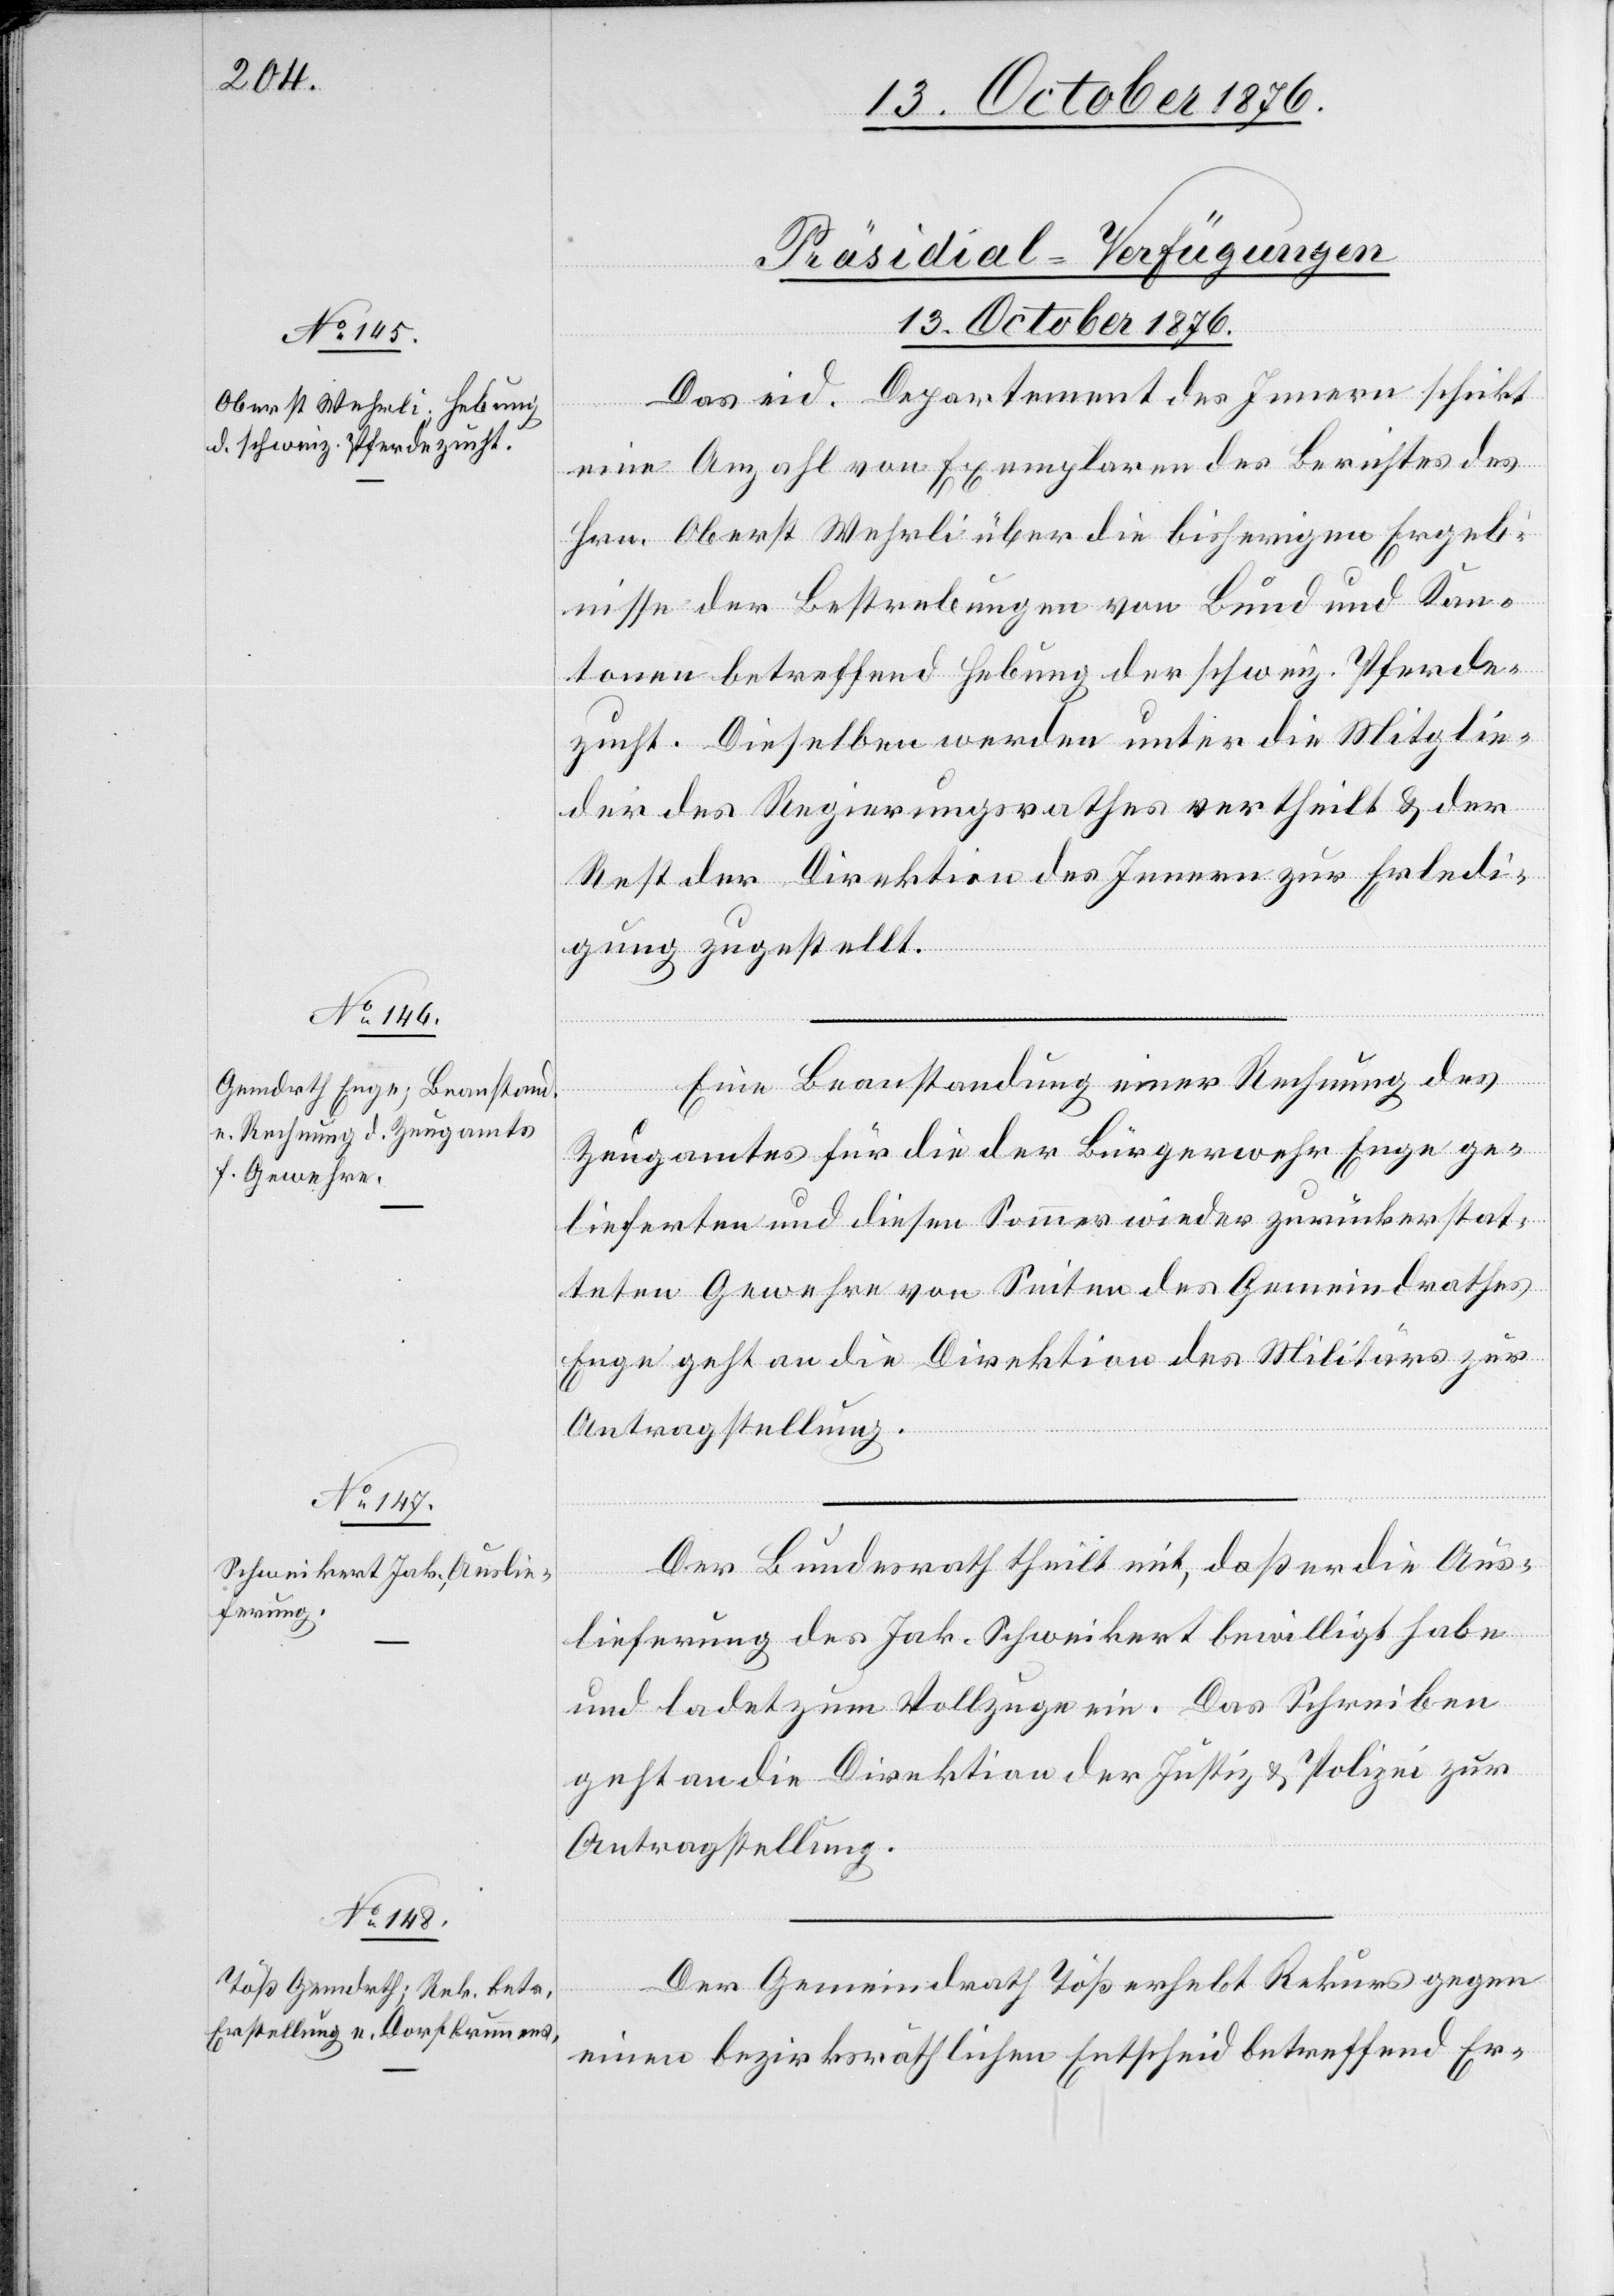
13. October 1876.]
[Präsidial-Verfügungen
13. October 1876.
Das eid. Departement des Innern schickt
eine Anzahl von Exemplaren des Berichtes des
Hrn. Oberst Wehrli über die bisherigen Ergeb¬
nisse der Bestrebungen von Bund und Kan¬
tonen betreffend Hebung der schweiz. Pferde¬
zucht. Dieselben werden unter die Mitglie¬
der des Regierungsrathes vertheilt & der
Rest der Direktion des Innern zur Erledi¬
gung zugestellt.
Eine Beanstandung einer Rechnung des
Zeugamtes für die Bürgerwehr Enge ge¬
lieferten und diesen Sommer wieder zurückerstat¬
teten Gewehre von Seiten des Gemeindrathes
Enge geht an die Direktion des Militärs zur
Antragstellung.
Der Bundesrath theilt mit, daß er die Aus¬
lieferung des Jak. Schweikert bewilligt habe
und ladet zum Vollzuge ein. Das Schreiben
geht an die Direktion der Justiz & Polizei zur
Antragstellung.
Der Gemeindrath Töß erhebt Rekurs gegen
einen bezirksräthlichen Entscheid betreffend Er-